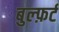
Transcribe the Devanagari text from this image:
बुल्फ़र्ट